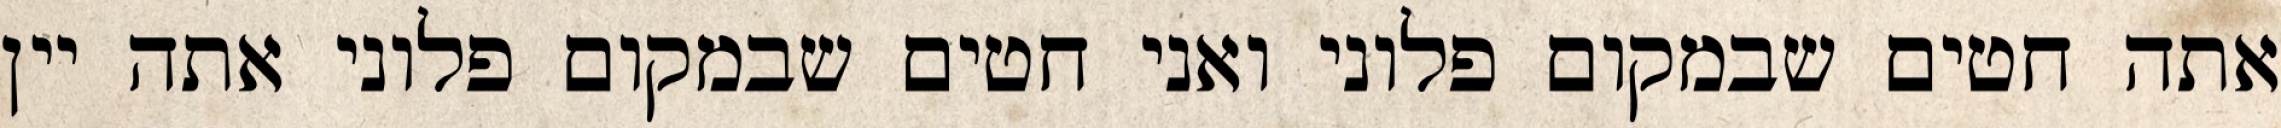
אתה חטים שבמקום פלוני ואני חטים שבמקום פלוני אתה יין